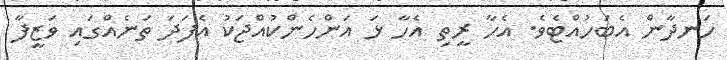
ހަނދާން އެބަހުއްޓެވެ. އެހާ ރީތި އެހާ ޅަ އަންހެންކުއްޖަކު އެފަދަ ތަނެއްގައި ވަޒީފާ